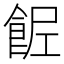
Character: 𩛐